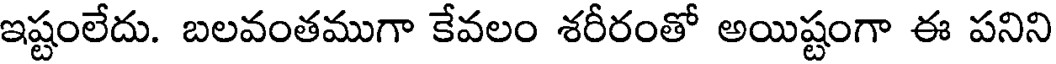
ఇష్టంలేదు. బలవంతముగా కేవలం శరీరంతో అయిష్టంగా ఈ పనిని